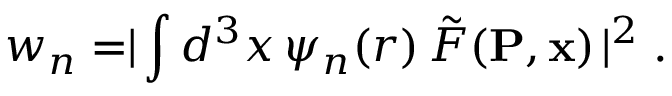
w _ { n } = \mid \! \int d ^ { 3 } x \, \psi _ { n } ( r ) \, \tilde { F } ( { \bf P } , { \bf x } ) \! \mid ^ { 2 } .